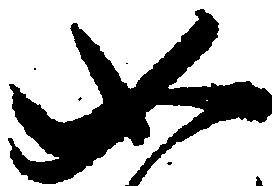
如